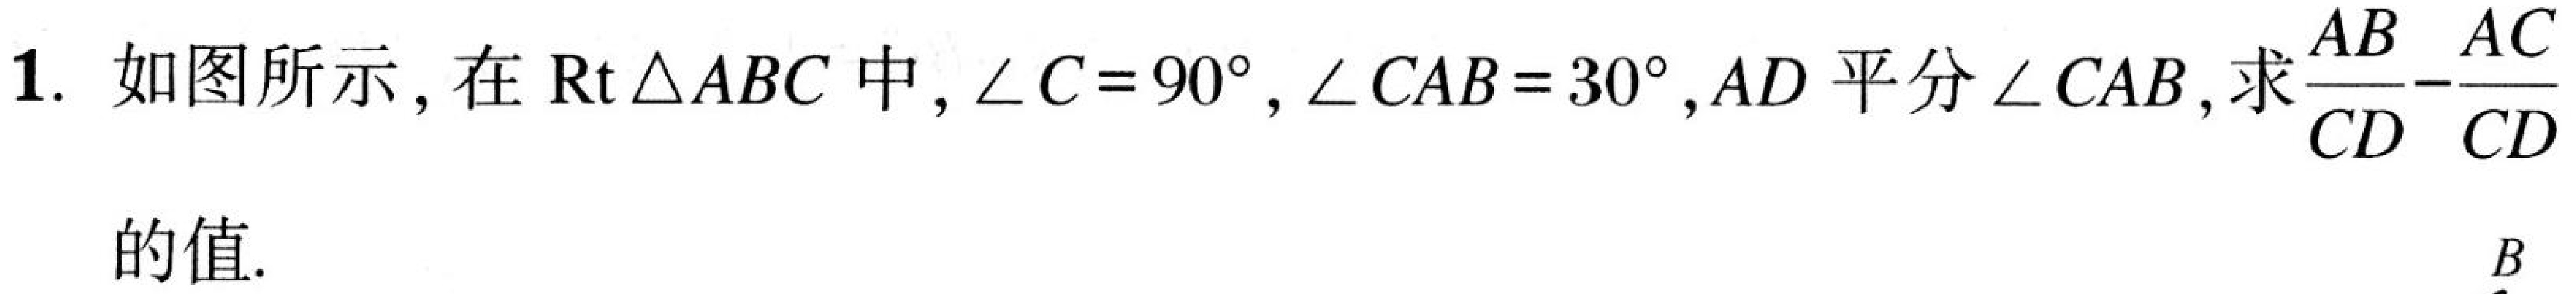
1. 如图所示，在\(\text{Rt}\triangle ABC\)中，\(\angle C = 90^{\circ}\)，\(\angle CAB = 30^{\circ}\)，\(AD\)平分\(\angle CAB\)，求\(\frac{AB}{CD}-\frac{AC}{CD}\)的值.